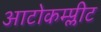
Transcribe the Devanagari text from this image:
आटोकम्प्लीट